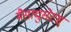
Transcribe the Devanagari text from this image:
मैसाचुसेटस्